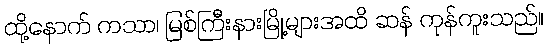
ထို့နောက် ကသာ၊ မြစ်ကြီးနားမြို့များအထိ ဆန် ကုန်ကူးသည်။